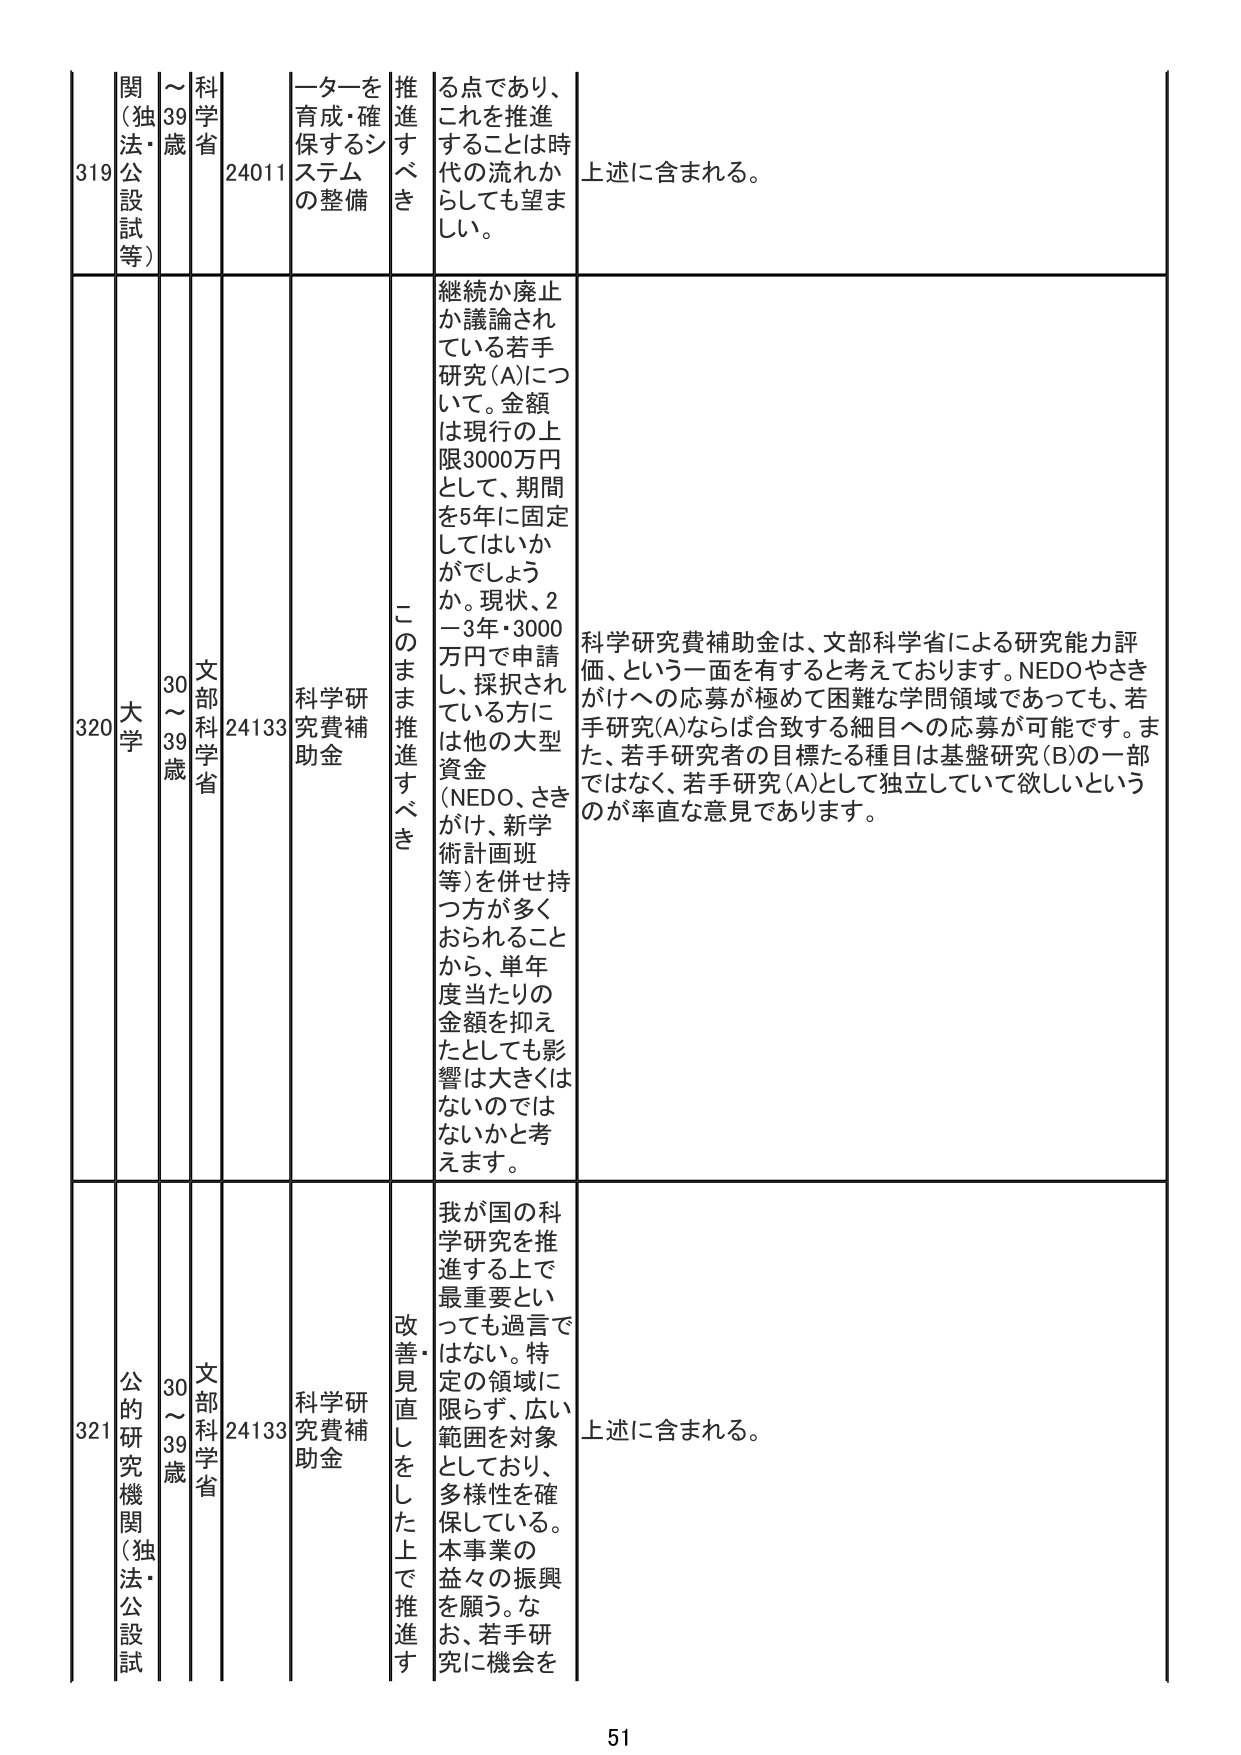
319 関（独法・公設試等） 39歳 科学省 24011 一ターを育成・確保するシステムの整備 推進すべき る点であり、これを推進することは時代の流れからしても望ましい。 上述に含まれる。

320 大学 30～39歳 文部科学省 24133 科学研究費補助金 このまま推進すべき 継続か廃止か議論されている若手研究(A)について。金額は現行の上限3000万円として、期間を5年に固定してはいかがでしょうか。現状、2～3年・3000万円で申請し、採択されている方には他の大型資金（NEDO、さきがけ、新学術計画班等）を併せ持つ方が多くおられることから、単年度当たりの金額を抑えただとしても影響は大きくはないのではないかと考えます。 科学研究費補助金は、文部科学省による研究能力評価、という一面を有すると考えております。NEDOやさきがけへの応募が極めて困難な学問領域であっても、若手研究(A)ならば合致する細目への応募が可能です。また、若手研究者の目標たる種目は基盤研究(B)の一部ではなく、若手研究(A)として独立していて欲しいというのが率直な意見であります。

321 公的研究機関（独法・公設試） 30～39歳 文部科学省 24133 科学研究費補助金 改善・見直しをした上で推進す 我が国の科学研究を推進する上で最重要といっても過言ではない。特定の領域に限らず、広い範囲を対象としており、多様性を確保している。本事業の益々の振興を願う。なお、若手研究に機会を 上述に含まれる。

51